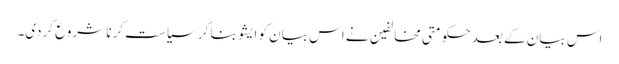
اس بیان کے بعد حکومتی مخالفین نے اس بیان کو ایشو بنا کر سیاست کرنا شروع کردی۔